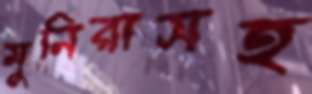
মুনিরাসহ